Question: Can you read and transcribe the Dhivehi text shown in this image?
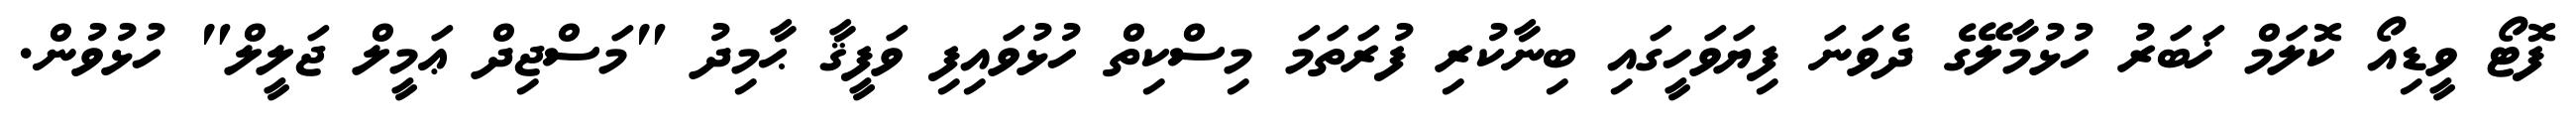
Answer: ފޮޓޯ ވީޑިއޯ ކޮލަމް ޚަބަރު ހުޅުމާލޭގެ ދެވަނަ ފިޔަވަހީގައި ބިނާކުރި ފުރަތަމަ މިސްކިތް ހުޅުވައިފި ވަފީޤާ ޙާމިދު "މަސްޖިދް ޢަމީލް ޖަލީލް" ހުޅުވުން.